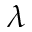
\lambda